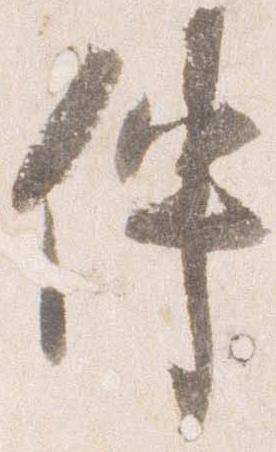
伴